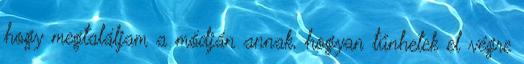
hogy megtaláljam a módján annak, hogyan tűnhetek el végre